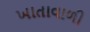
ખાતાવાળી